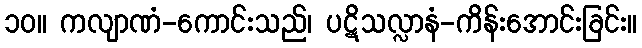
၁၀။ ကလျာဏံ-ကောင်းသည်၊ ပဋိသလ္လာနံ-ကိန်းအောင်းခြင်း။